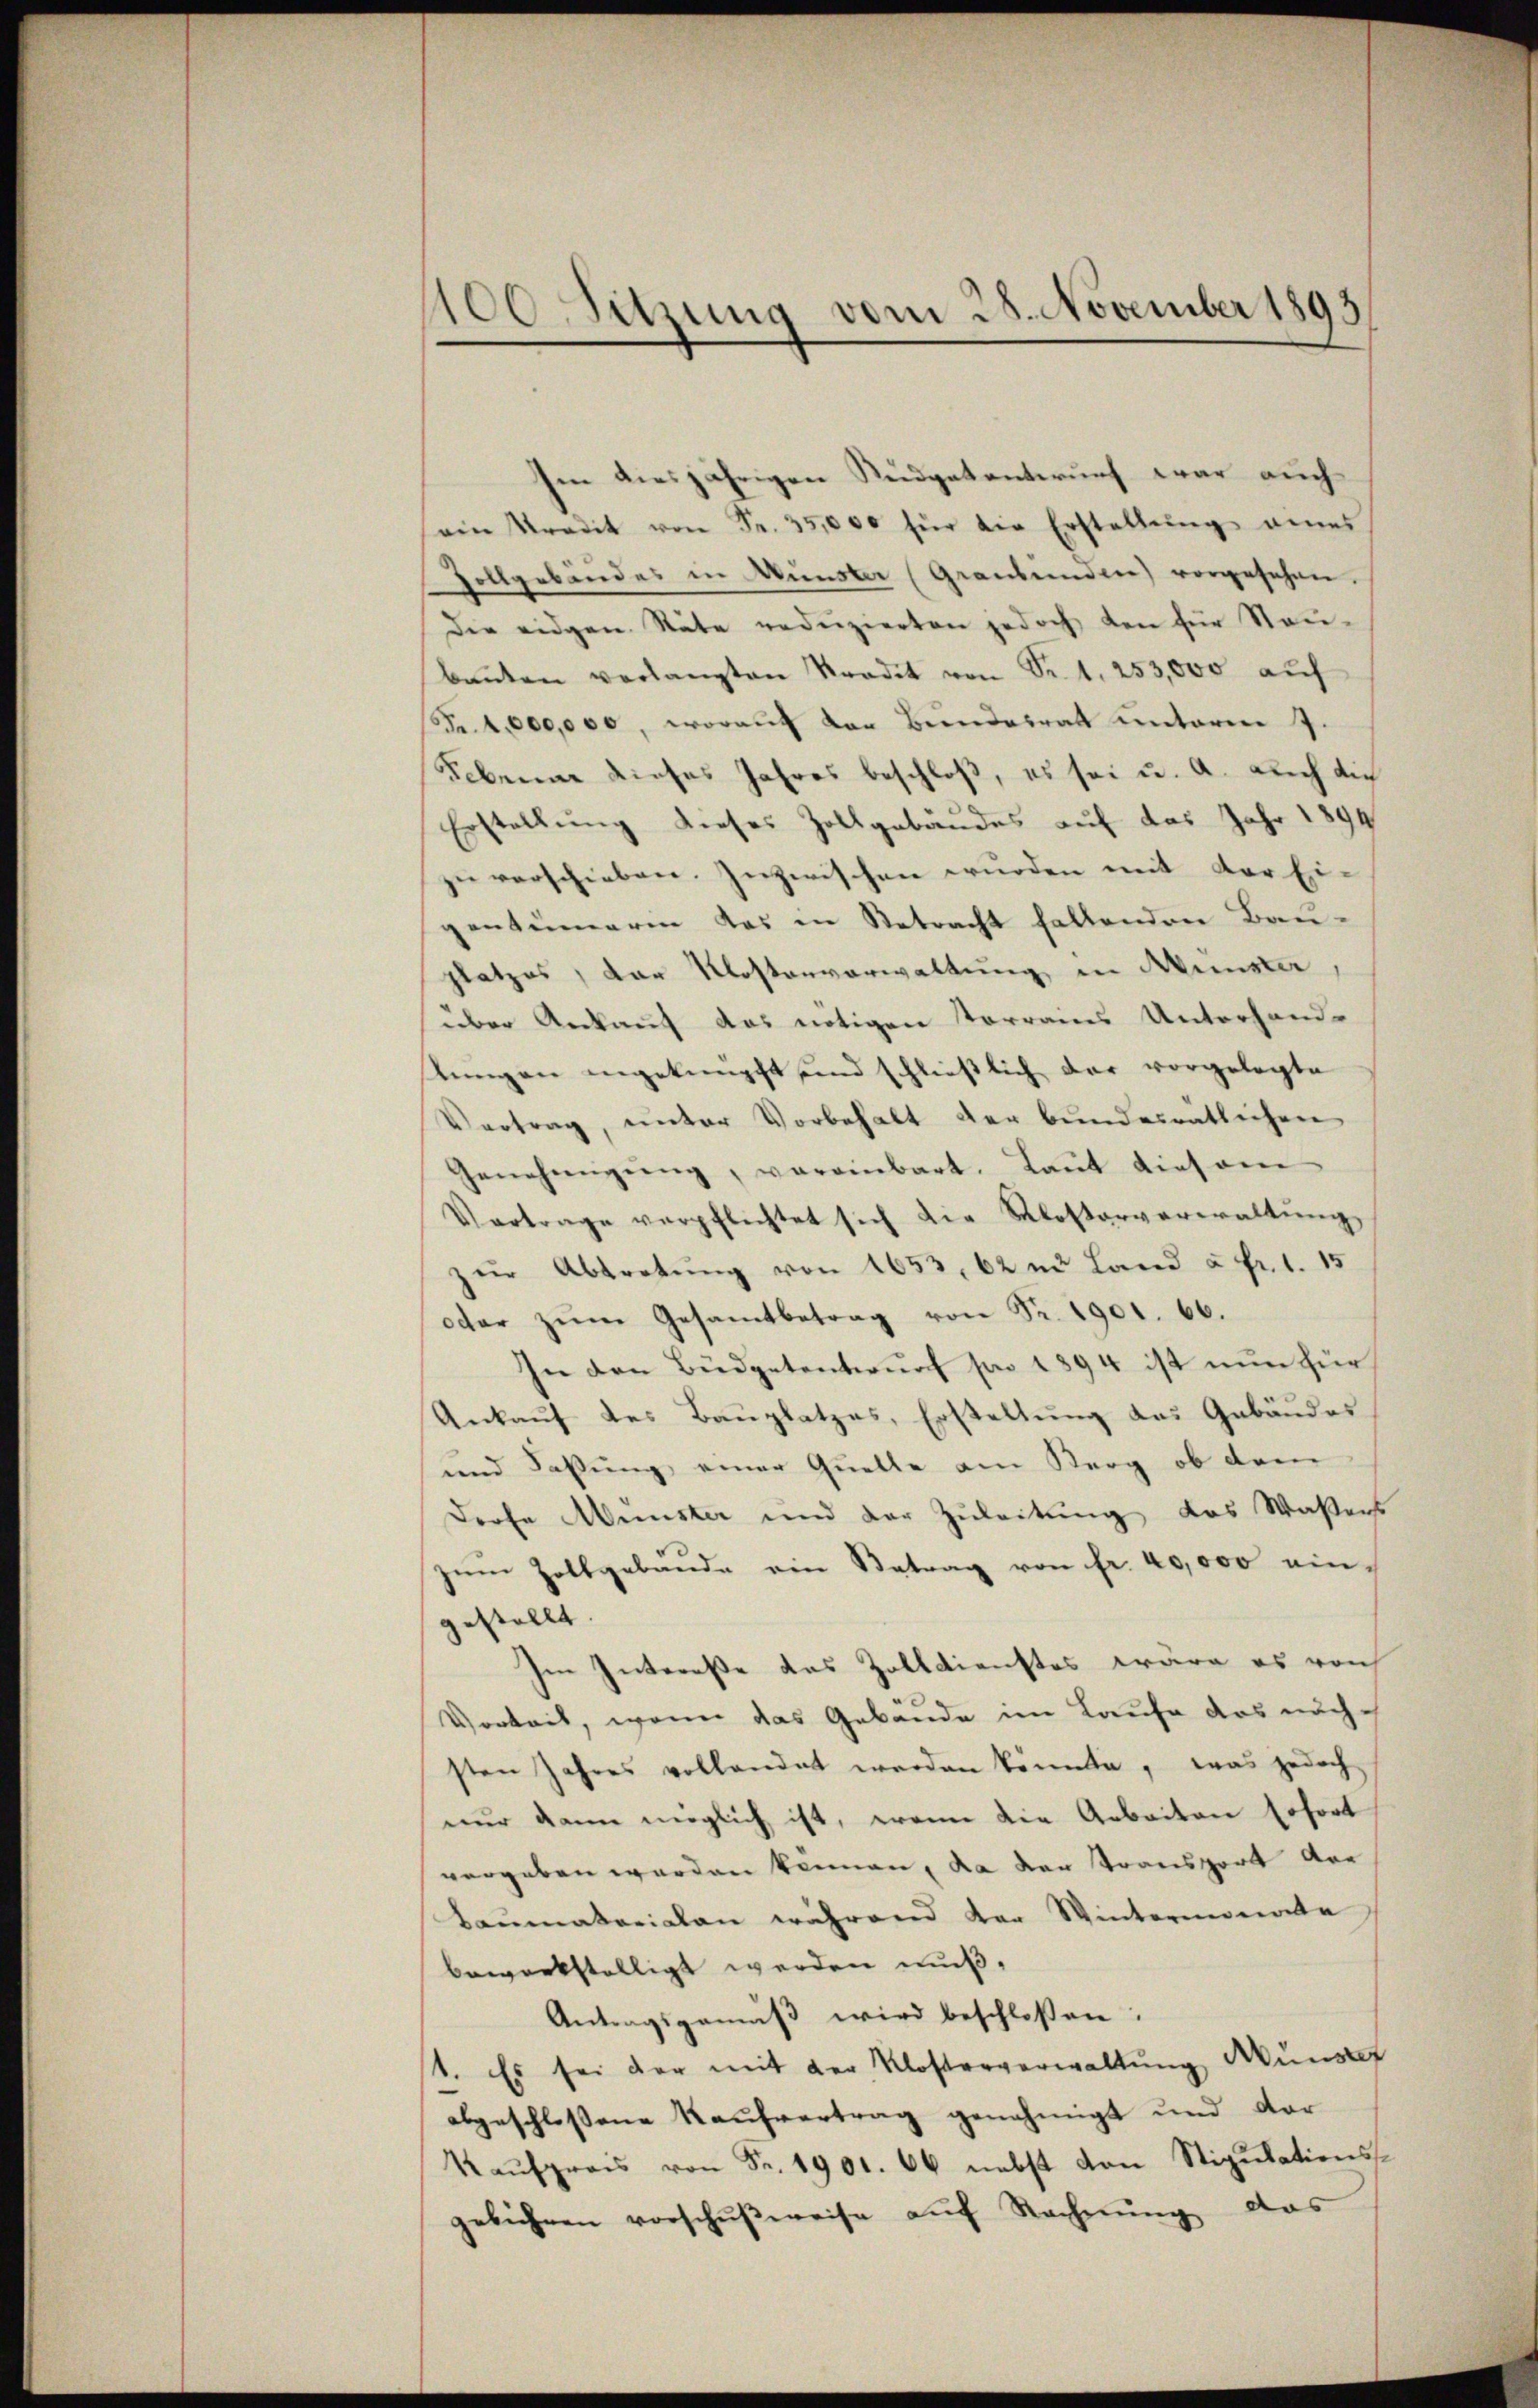
100 Sitzung vom 28. November 1893

Ien diesjährigen Sudgetentwurf war auch
ein Kredit von Fr. 35,000 für die Erstellŭng eines
Zollgebäudes in Münster (Graubünden) vorgesehen.
Die eidgen Stäte reduzierten jedoch den für Stau-
Baŭten verlangten Stradit von Sr. 1. 253,000 aŭf
Fr. 4,000,000, worauf der Bundesrath unterm 7.
Sebenne dieses Jahres beschloß, es sei u. a. auch dich
Erstellung dieses Zollgebäudes auf das Jahr 1894
zu verschieben. Inzwischen wurden mit der Ei-
gentümerin das in Betracht haltenden Bau-
platzes, der Klostenverwaltung in Münster,
über Ankauf das nötigen Vorrains Unterhand-
tungen angeknüpft und schlieβlich dar vorgelegte
Vertrag, unter Vorbehalt der bundesratlichen
Genehmigŭng, vereinbart. Laŭt diesen
Vertrage verpflichtet sich die Klosterverwaltŭng
zur Abtretung von 1653, 62 in Land à Fr. 1. 15
oder zum Gesamtbetrag von Fr. 1901. 66.
In den Büdgetentwurf pro 1894 ist nun für
Ankaŭf des Baŭplatzes, Erstellŭng des Gebäŭdes
und Fassung einer Quelle am Kerg ob dem
Dorfe Münster und der Zŭleitŭng das Wassers
zŭm Zollgebäude ein Betrag von fr. 40,000 eingestellt.
Im Intereße das Zolldienstes wäre es von
Vorkeit, wenn das Gebäude im Laufe das nächsten Jahres vollandet werden könnte, was jedoch
nur dann möglich ist, wenn die Arbeiten sofort
vergeben werden können, da der Transport vor
Baŭmatorialen während der Wintermonate
bewerkstelligt werden muß,
Antragsgemäß wird beschlossen:
1. Es sei der mit der Klosterverwaltŭng Munstf
abgeschlossene Kaufvertrag genehmigt und dar
Kaŭfpreis von Fr. 1901. 66 nebst von Stipulationsgebühren vorschŭβweise auf Rechnŭng das